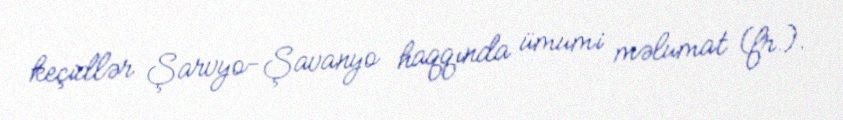
keçidlər Şarvyo-Şavanyo haqqında ümumi məlumat (fr.).